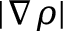
| \nabla \rho |